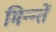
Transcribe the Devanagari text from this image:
मिन्न्तें